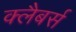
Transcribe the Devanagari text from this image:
क्लैबर्स